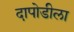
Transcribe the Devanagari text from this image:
दापोडीला